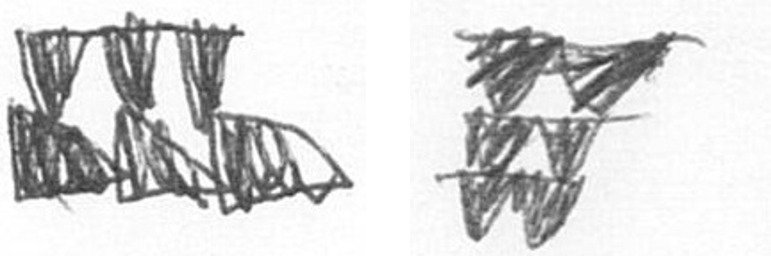
D Y